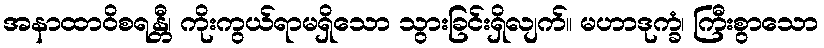
အနာထာဝိစရန္တီ၊ ကိုးကွယ်ရာမရှိသော သွားခြင်းရှိလျက်။ မဟာဒုက္ခံ၊ ကြီးစွာသော